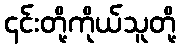
၎င်းတို့ကိုယ်သူတို့